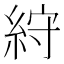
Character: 𥿾